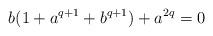
LaTeX: \begin{align*}b(1+a^{q+1}+b^{q+1})+a^{2q}=0\end{align*}